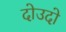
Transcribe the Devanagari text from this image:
दोउदो